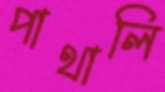
পাথালি